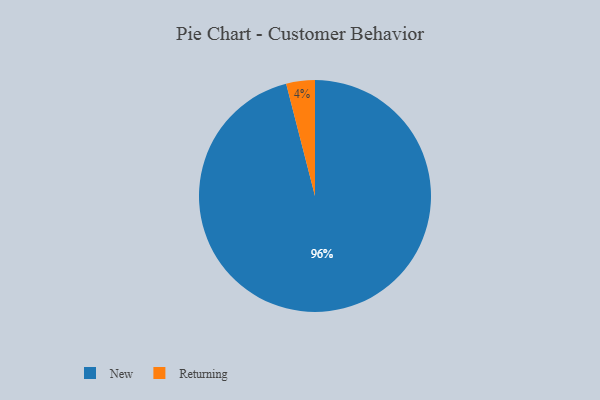
{"axis": {"x": "Category", "y": "Percentage"}, "legend": ["New", "Returning"], "data": [{"x": "New", "y": 96, "type": "New"}, {"x": "Returning", "y": 4, "type": "Returning"}]}